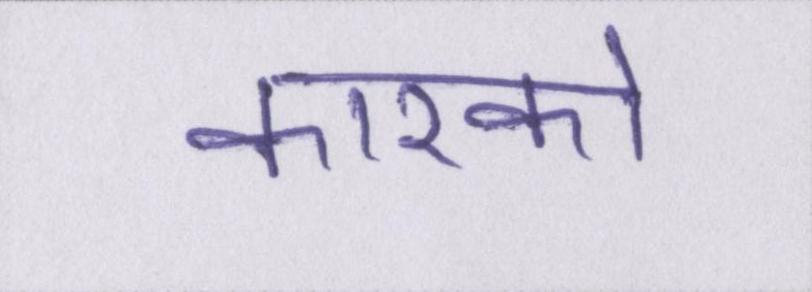
कारको